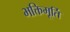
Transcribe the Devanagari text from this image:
भक्तिमूर्ति